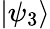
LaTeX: \left|\psi_{3}\right\rangle